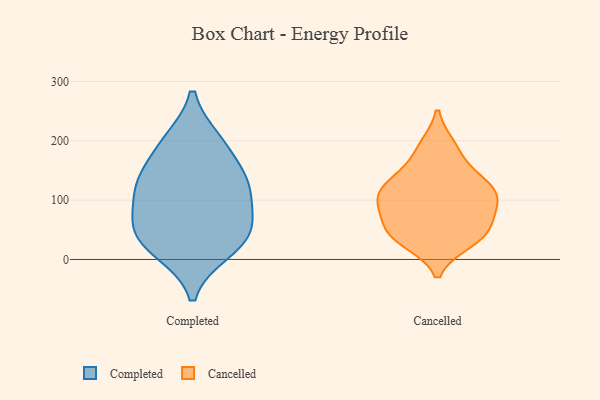
{"axis": {"x": "Conversion Rate (%)", "y": "Value"}, "legend": ["Cancelled", "Completed"], "data": [{"x": "", "y": 194, "type": "Completed"}, {"x": "", "y": 15, "type": "Completed"}, {"x": "", "y": 109, "type": "Completed"}, {"x": "", "y": 123, "type": "Completed"}, {"x": "", "y": 47, "type": "Completed"}, {"x": "", "y": 139, "type": "Completed"}, {"x": "", "y": 59, "type": "Completed"}, {"x": "", "y": 129, "type": "Completed"}, {"x": "", "y": 58, "type": "Completed"}, {"x": "", "y": 199, "type": "Completed"}, {"x": "", "y": 23, "type": "Completed"}, {"x": "", "y": 89, "type": "Cancelled"}, {"x": "", "y": 117, "type": "Cancelled"}, {"x": "", "y": 136, "type": "Cancelled"}, {"x": "", "y": 117, "type": "Cancelled"}, {"x": "", "y": 103, "type": "Cancelled"}, {"x": "", "y": 185, "type": "Cancelled"}, {"x": "", "y": 36, "type": "Cancelled"}, {"x": "", "y": 45, "type": "Cancelled"}, {"x": "", "y": 31, "type": "Cancelled"}, {"x": "", "y": 87, "type": "Cancelled"}, {"x": "", "y": 190, "type": "Cancelled"}, {"x": "", "y": 45, "type": "Cancelled"}, {"x": "", "y": 140, "type": "Cancelled"}, {"x": "", "y": 77, "type": "Cancelled"}, {"x": "", "y": 45, "type": "Cancelled"}, {"x": "", "y": 114, "type": "Cancelled"}]}